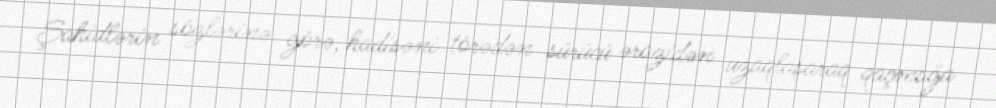
Şahidlərin sözlərinə görə, hadisəni törədən sürücü ərazidən uzaqlaşaraq qaçmağa